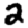
Digit: 2